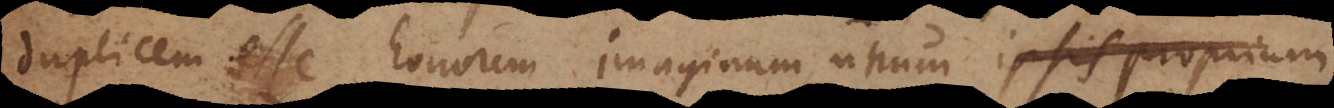
duplicem esse honorem imaginum, unum qui propr